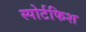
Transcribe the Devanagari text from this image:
स्पोर्टफिश